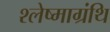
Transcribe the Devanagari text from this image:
श्लेष्माग्रंथि